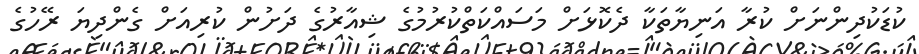
ކުޑަކުދިންނަށް ކުރާ އަނިޔާތަކާ ދެކޮޅަށް މަސައްކަތްކުރުމުގެ ޝިއާރުގެ ދަށުން ކުރިއަށް ގެންދިޔަ ރޭހުގެ